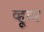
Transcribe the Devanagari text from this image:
व्हूम्प